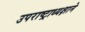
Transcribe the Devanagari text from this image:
उपराष्ट्राध्यक्षाने